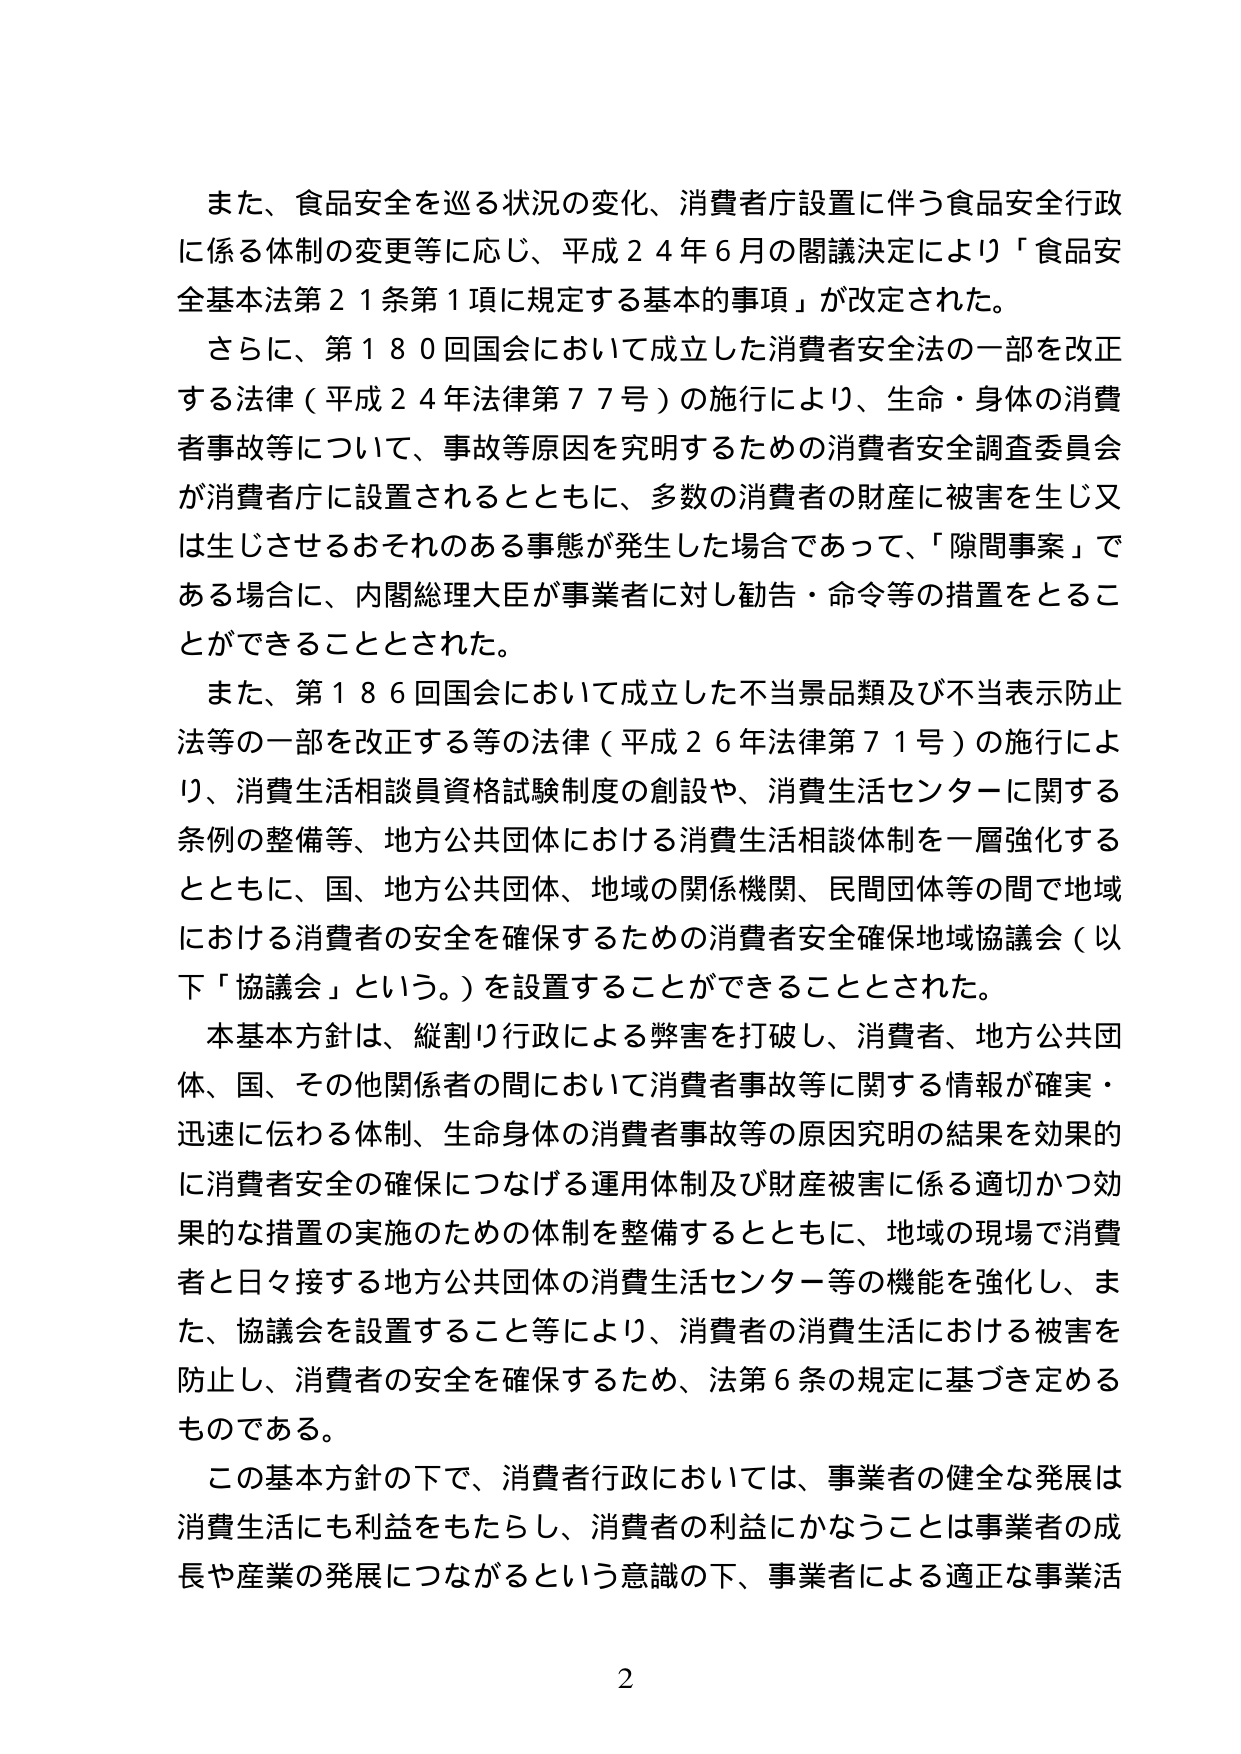
また、食品安全を巡る状況の変化、消費者庁設置に伴う食品安全行政に係る体制の変更等に応じ、平成２４年６月の閣議決定により「食品安全基本法第２１条第１項に規定する基本的事項」が改定された。

さらに、第１８０回国会において成立した消費者安全法の一部を改正する法律（平成２４年法律第７７号）の施行により、生命・身体の消費者事故等について、事故等原因を究明するための消費者安全調査委員会が消費者庁に設置されるとともに、多数の消費者の財産に被害を生じ又は生じさせるおそれのある事態が発生した場合であって、「隙間事案」である場合に、内閣総理大臣が事業者に対し勧告・命令等の措置をとることができることとされた。

また、第１８６回国会において成立した不当景品類及び不当表示防止法等の一部を改正する等の法律（平成２６年法律第７１号）の施行により、消費生活相談員資格試験制度の創設や、消費生活センターに関する条例の整備等、地方公共団体における消費生活相談体制を一層強化するとともに、国、地方公共団体、地域の関係機関、民間団体等の間で地域における消費者の安全を確保するための消費者安全確保地域協議会（以下「協議会」という。）を設置することができることとされた。

本基本方針は、縦割り行政による弊害を打破し、消費者、地方公共団体、国、その他関係者の間において消費者事故等に関する情報が確実・迅速に伝わる体制、生命身体の消費者事故等の原因究明の結果を効果的に消費者安全の確保につなげる運用体制及び財産被害に係る適切かつ効果的な措置の実施のための体制を整備するとともに、地域の現場で消費者と日々接する地方公共団体の消費生活センター等の機能を強化し、また、協議会を設置すること等により、消費者の消費生活における被害を防止し、消費者の安全を確保するため、法第６条の規定に基づき定めるものである。

この基本方針の下で、消費者行政においては、事業者の健全な発展は消費生活にも利益をもたらし、消費者の利益にかなうことは事業者の成長や産業の発展につながるという意識の下、事業者による適正な事業活

2